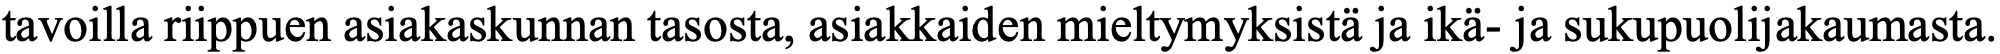
tavoilla riippuen asiakaskunnan tasosta, asiakkaiden mieltymyksistä ja ikä- ja sukupuolijakaumasta.